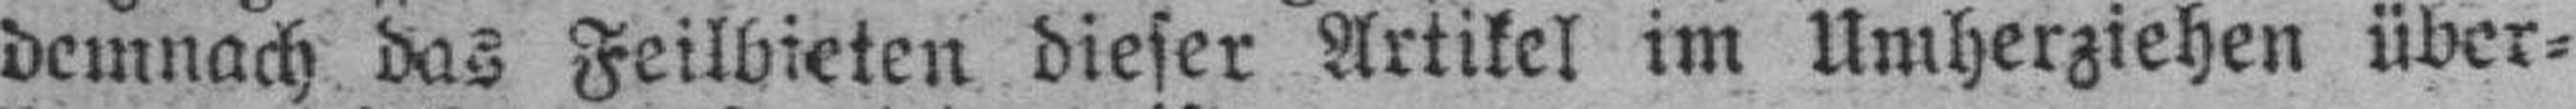
demnach das Feilbieten dieser Artikel im Umherziehen über¬